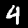
Label: 4